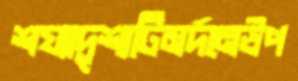
শয্যাদৃশ্যটিমর্দনেউপ